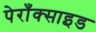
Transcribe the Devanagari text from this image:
पेराँक्साइड